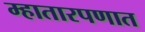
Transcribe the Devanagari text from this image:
म्हातारपणात